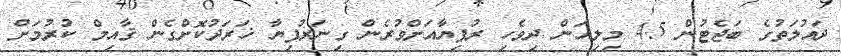
ދައުލަތުގެ ބަޖެޓުން 4.5 މިލިއަން ދިވެހި ރުފިޔާއަށްވުރެން ގިނަރުފިޔާ ޚަރަދުކޮށްގެން ޤާއިމް ކުރުމަށް